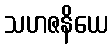
သဟဇနိယေ